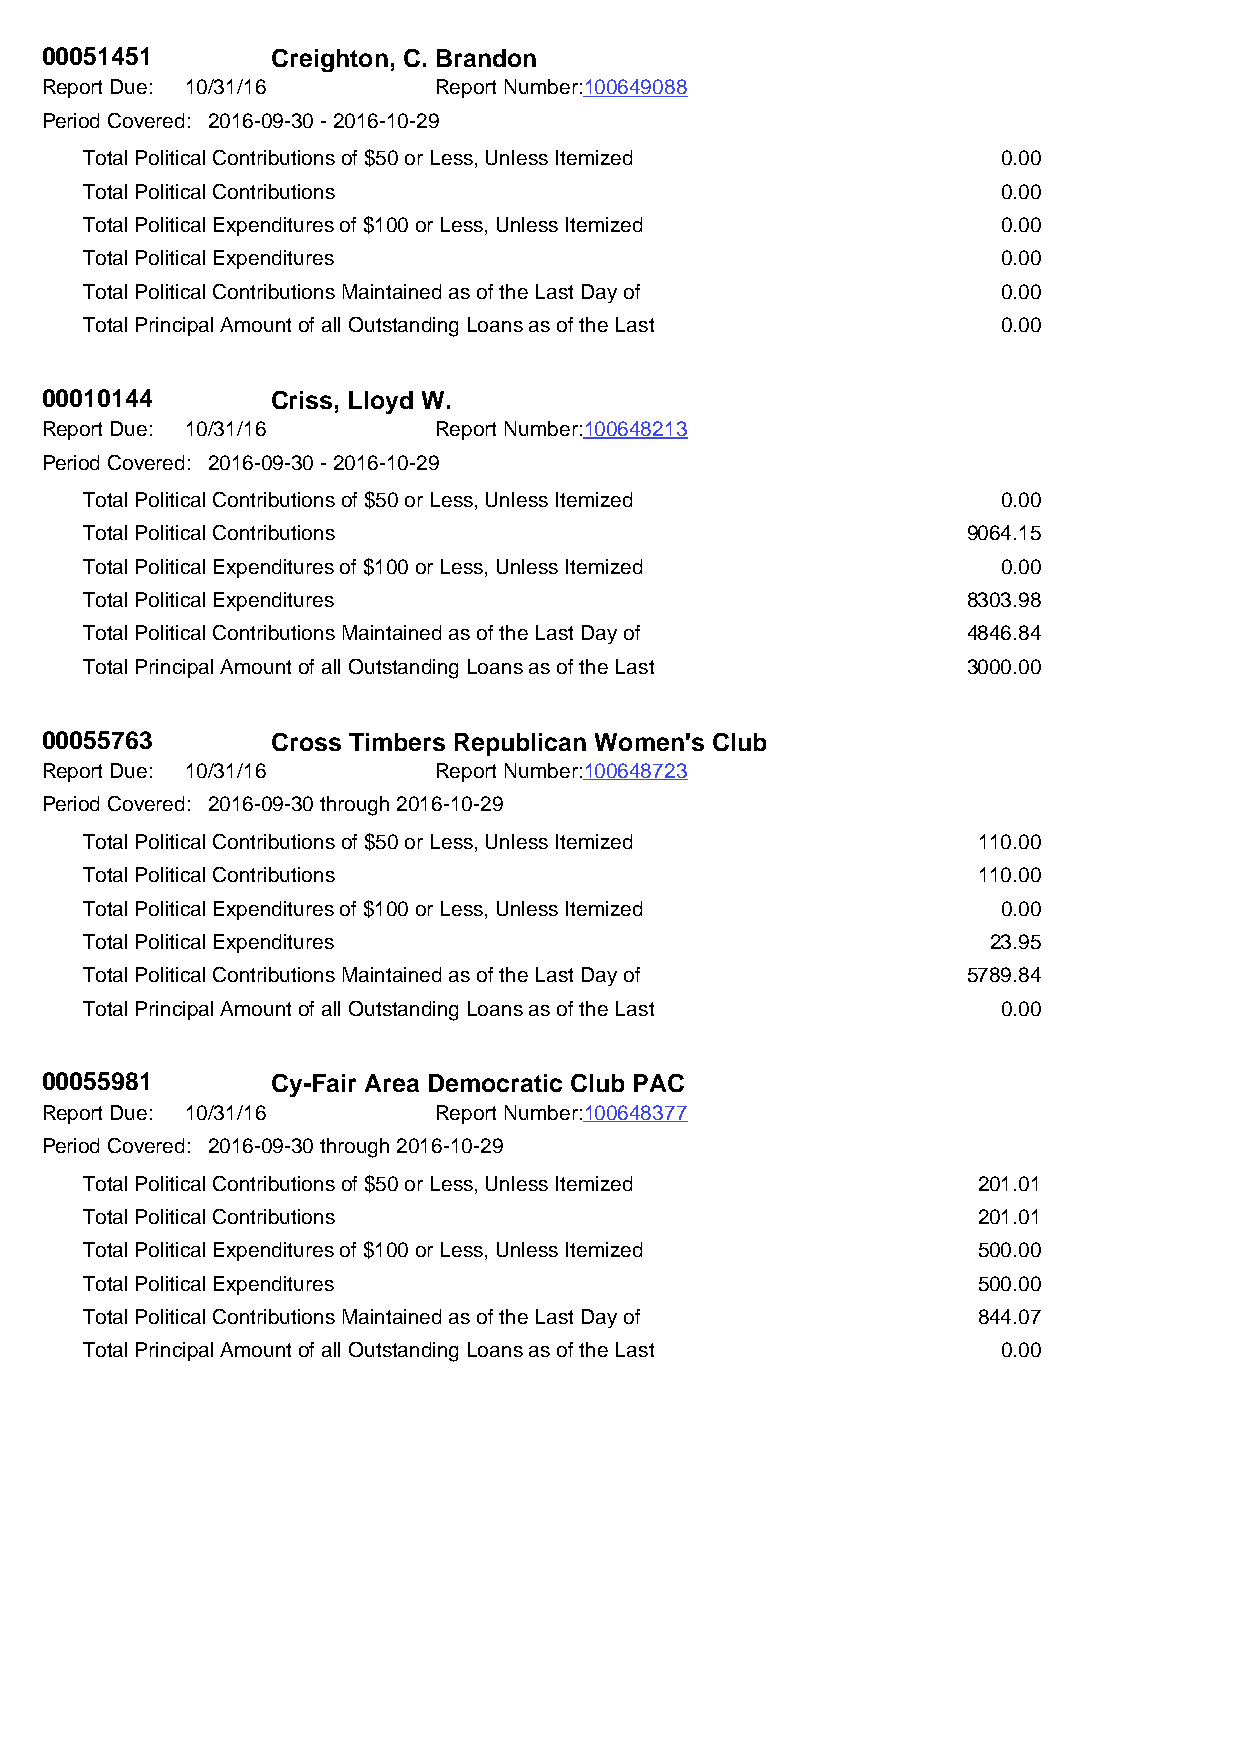
00051451       Creighton, C. Brandon
 Report Due: 10/31/16      Report Number:100649088
 Period Covered: 2016-09-30 - 2016-10-29
 Total Political Contributions of $50 or Less, Unless Itemized 0.00
 Total Political Contributions                               0.00
 Total Political Expenditures of $100 or Less, Unless Itemized 0.00
 Total Political Expenditures                                0.00
 Total Political Contributions Maintained as of the Last Day of 0.00
 Total Principal Amount of all Outstanding Loans as of the Last 0.00
 00010144       Criss, Lloyd W.
 Report Due: 10/31/16      Report Number:100648213
 Period Covered: 2016-09-30 - 2016-10-29
 Total Political Contributions of $50 or Less, Unless Itemized 0.00
 Total Political Contributions                             9064.15
 Total Political Expenditures of $100 or Less, Unless Itemized 0.00
 Total Political Expenditures                              8303.98
 Total Political Contributions Maintained as of the Last Day of 4846.84
 Total Principal Amount of all Outstanding Loans as of the Last 3000.00
 00055763       Cross Timbers Republican Women's Club
 Report Due: 10/31/16      Report Number:100648723
 Period Covered: 2016-09-30 through 2016-10-29
 Total Political Contributions of $50 or Less, Unless Itemized 110.00
 Total Political Contributions                              110.00
 Total Political Expenditures of $100 or Less, Unless Itemized 0.00
 Total Political Expenditures                                23.95
 Total Political Contributions Maintained as of the Last Day of 5789.84
 Total Principal Amount of all Outstanding Loans as of the Last 0.00
 00055981       Cy-Fair Area Democratic Club PAC
 Report Due: 10/31/16      Report Number:100648377
 Period Covered: 2016-09-30 through 2016-10-29
 Total Political Contributions of $50 or Less, Unless Itemized 201.01
 Total Political Contributions                              201.01
 Total Political Expenditures of $100 or Less, Unless Itemized 500.00
 Total Political Expenditures                               500.00
 Total Political Contributions Maintained as of the Last Day of 844.07
 Total Principal Amount of all Outstanding Loans as of the Last 0.00